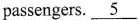
passengers.\underline{5}